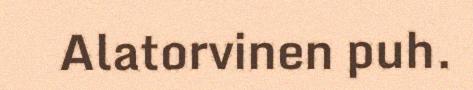
Alatorvinen puh.